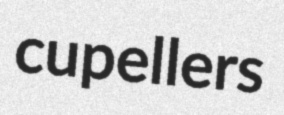
cupellers